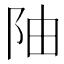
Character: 𫔼